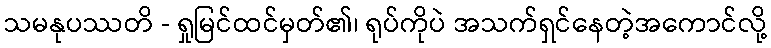
သမနုပဿတိ - ရှုမြင်ထင်မှတ်၏၊ ရုပ်ကိုပဲ အသက်ရှင်နေတဲ့အကောင်လို့